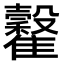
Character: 𩁡